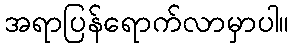
အရာပြန်ရောက်လာမှာပါ။